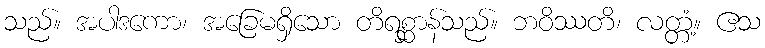
သည်။ အပါဒကော၊ အခြေမရှိသော တိရစ္ဆာန်သည်။ ဘဝိဿတိ၊ လတ္တံ့။ ဧသ